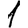
Digit: 1